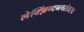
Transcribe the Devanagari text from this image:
लेक्झिंग्टनबरोबरच